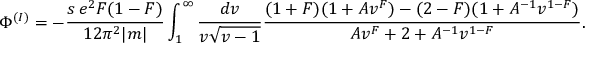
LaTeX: { \Phi } ^ { ( I ) } = - \frac { s \, e ^ { 2 } F ( 1 - F ) } { 1 2 { \pi } ^ { 2 } | m | } \int _ { 1 } ^ { \infty } \frac { d v } { v { \sqrt { v - 1 } } } \frac { ( 1 + F ) ( 1 + A { v } ^ { F } ) - ( 2 - F ) ( 1 + A ^ { - 1 } v ^ { 1 - F } ) } { A { v } ^ { F } + 2 + A ^ { - 1 } v ^ { 1 - F } } .